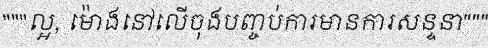
"""ល្អ, ម៉ោងនៅលើចុងបញ្ចប់ការមានការសន្ទនា"""